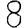
Digit: 8